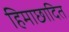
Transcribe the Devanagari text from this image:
हिमाछादित